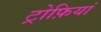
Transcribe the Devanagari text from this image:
ट्रोफ़ियां